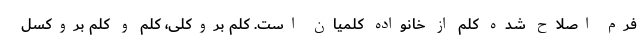
فرم اصلاح شده کلم از خانواده کلمیان است. کلم بروکلی، کلم و کلم بروکسل